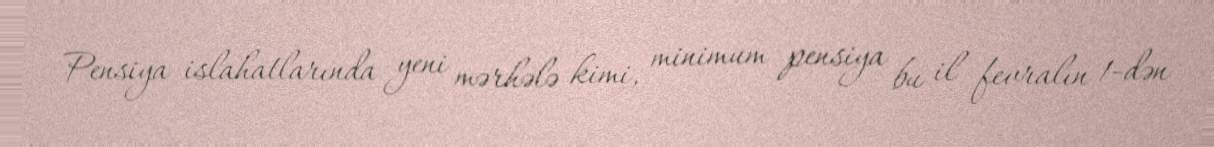
Pensiya islahatlarında yeni mərhələ kimi, minimum pensiya bu il fevralın 1-dən